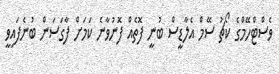
ވެސްޓްހޭމްގެ ކޯޗު ސޭމް އެލާޑީސް ބުނީ ފޮތެއް ފޮނުވާނެ ކަމަށް ފާގަސަން ބުނެފައިވީ